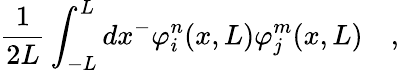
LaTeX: \frac{1}{2L}\int_{-L}^{L}dx^{-}\varphi_{i}^{n}(x,L)\varphi_{j}^{m}(x,L)\quad,